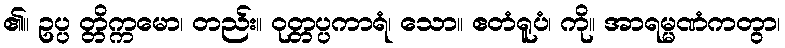
၏။ ဥပ္ပ တ္တိက္ကမော၊ တည်း။ ဝုတ္တပ္ပကာရံ၊ သော။ ဧတံရူပံ၊ ကို။ အာရမ္မဏံကတွာ၊